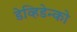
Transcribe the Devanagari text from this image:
डेव्हिडेन्को